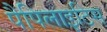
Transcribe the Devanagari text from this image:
पैपिलाइटिस